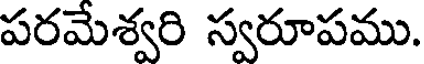
పరమేశ్వరి స్వరూపము.